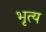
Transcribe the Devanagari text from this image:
भृत्‍य